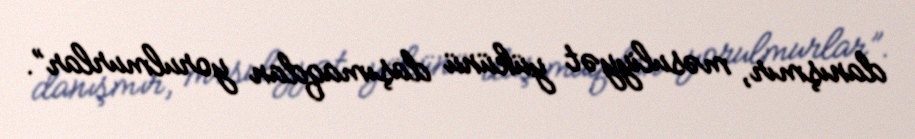
danışmır, məsuliyyət yükünü daşımaqdan yorulmurlar”.